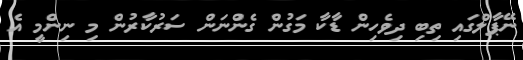
ނޭޕާލްގައި ތިބި ދިވެހިން ޑާކާ މަގުން ގެންނަން ސަރުކާރުން މި ނިންމީ އެ